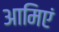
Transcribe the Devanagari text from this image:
आमिएं